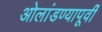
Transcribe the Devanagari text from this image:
ओलांडण्यापूर्वी